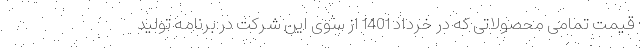
قیمت تمامی محصولاتی که در خرداد 1401 از سوی این شرکت در برنامه تولید